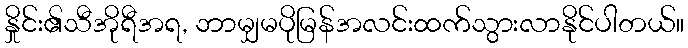
နှိုင်း၏သီအိုရီအရ, ဘာမျှမပိုမြန်အလင်းထက်သွားလာနိုင်ပါတယ်။